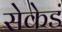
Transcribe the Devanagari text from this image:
सेकेडं